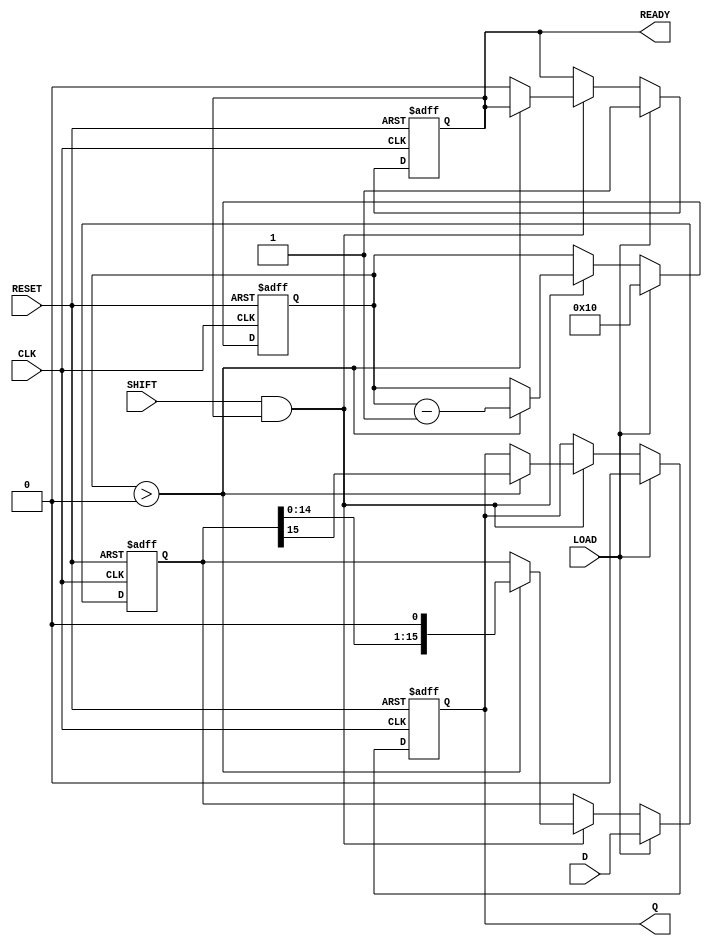
module PISO_Register (
    input wire [15:0] D,      // 16-bit parallel data input
    input wire LOAD,          // Load control signal
    input wire SHIFT,         // Shift control signal
    input wire CLK,           // Clock input
    input wire RESET,         // Asynchronous reset
    output reg Q,             // Serial output
    output reg READY          // Data ready signal
);

    reg [15:0] REG;           // Internal 16-bit shift register
    reg [4:0] bit_count;      // Counter for the number of bits shifted out

    // Asynchronous reset and loading data
    always @(posedge CLK or posedge RESET) begin
        if (RESET) begin
            REG <= 16'b0;      // Clear the register
            Q <= 1'b0;         // Clear the output
            READY <= 1'b0;     // Clear the ready signal
            bit_count <= 5'b0;  // Reset bit counter
        end else if (LOAD) begin
            REG <= D;          // Load data into the register
            Q <= 1'b0;         // Clear the output
            READY <= 1'b1;     // Indicate that data is ready to shift
            bit_count <= 5'd16; // Set bit count to 16 for shifting
        end else if (SHIFT && READY) begin
            if (bit_count > 0) begin
                Q <= REG[15];   // Output the MSB
                REG <= REG << 1; // Shift left
                bit_count <= bit_count - 1; // Decrement bit count
            end else begin
                READY <= 1'b0;   // No more bits to shift, clear ready signal
            end
        end
    end

endmodule